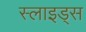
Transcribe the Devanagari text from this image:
स्‍लाइड्स